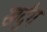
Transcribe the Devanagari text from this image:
खर्दुंग